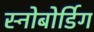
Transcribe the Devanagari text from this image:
स्नोबोर्डिग